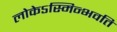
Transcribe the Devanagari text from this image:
लोकेऽस्मिन्भवति